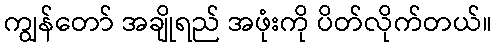
ကျွန်တော် အချိုရည် အဖုံးကို ပိတ်လိုက်တယ်။